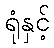
ရုံနှင့်